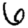
Digit: 6